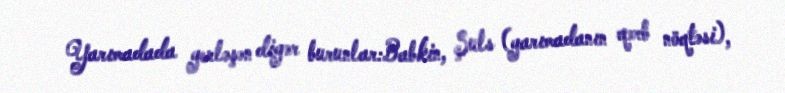
Yarımadada yerləşən digər burunlar:Babkin, Şuls (yarımadanın qərb nöqtəsi),